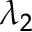
\lambda _ { 2 }